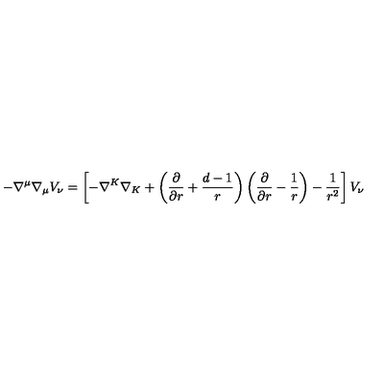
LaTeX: - \nabla ^ { \mu } \nabla _ { \mu } V _ { \nu } = \left[ - \nabla ^ { K } \nabla _ { K } + \left( { \frac { \partial } { \partial r } } + { \frac { d - 1 } { r } } \right) \left( { \frac { \partial } { \partial r } } - { \frac { 1 } { r } } \right) - { \frac { 1 } { r ^ { 2 } } } \right] V _ { \nu }